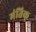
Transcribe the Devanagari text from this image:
मंतिक्‌